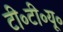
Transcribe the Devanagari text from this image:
टी॰टी॰यू॰